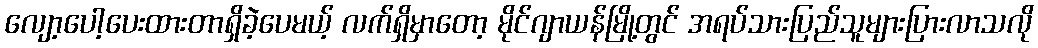
လျော့ပေါ့ပေးထားတာရှိခဲ့ပေမယ့် လက်ရှိမှာတော့ မိုင်ဂျာယန်မြို့တွင် အရပ်သားပြည်သူများပြားလာသလို